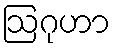
ဩဂုဟာ